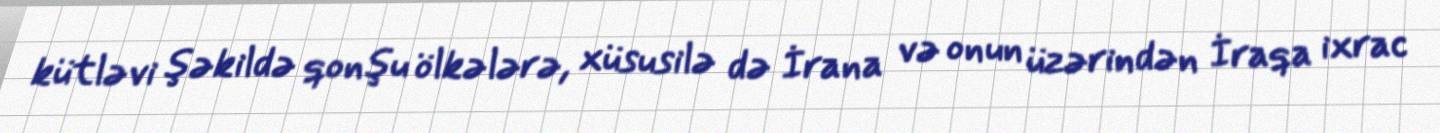
kütləvi şəkildə qonşu ölkələrə, xüsusilə də İrana və onun üzərindən İraqa ixrac